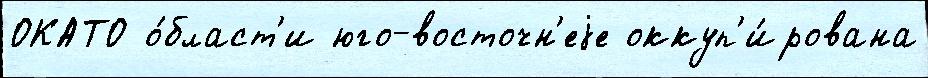
ОКАТО о́бласт'и юго-восточн'еjе оккуп'и́рована